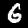
Label: 6